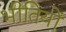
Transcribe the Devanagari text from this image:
भीतियों